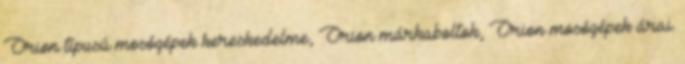
Orion típusú mosógépek kereskedelme, Orion márkaboltok, Orion mosógépek árai.